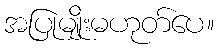
အပြုမျိုးမဟုတ်ပေ။